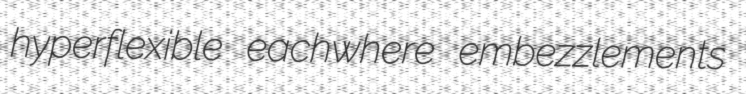
hyperflexible eachwhere embezzlements